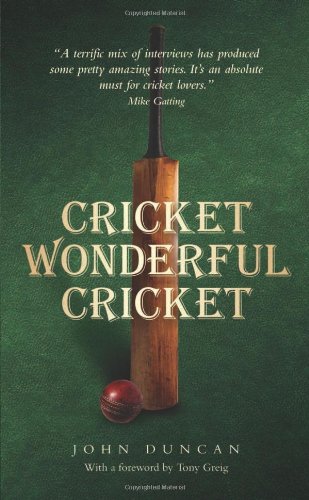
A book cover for Cricket Wonderful Cricket; John Duncan; Sports & Outdoors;